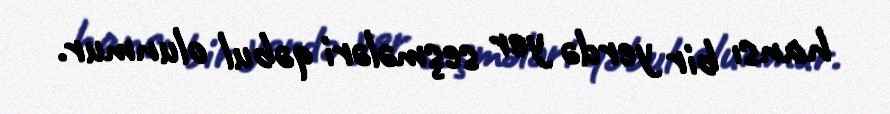
hansı bir yerdə yer seşmələri qəbul olunmur.